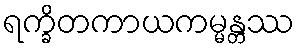
ရက္ခိတကာယကမ္မန္တဿ